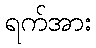
ရက်အား